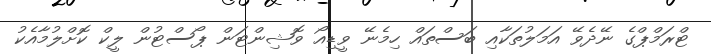
ޓްރަމްޕްގެ ނޭދެވޭ އަމަލުތަކާއި ބަސްތައް ހިމެނޭ ވީޑިއޯ ވޮޝިންޓަން ޕޯސްޓުން ލީކް ކޮށްލުމާއެކު